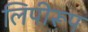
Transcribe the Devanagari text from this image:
लिपीरूप